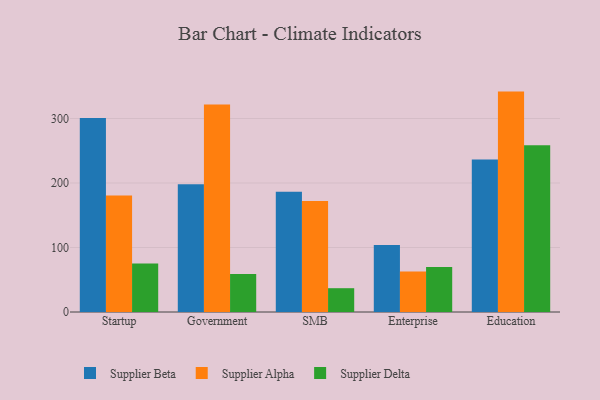
{"axis": {"x": "Segment", "y": "Revenue (USD Million)"}, "legend": ["Supplier Alpha", "Supplier Beta", "Supplier Delta"], "data": [{"x": "Startup", "y": 300.8, "type": "Supplier Beta"}, {"x": "Startup", "y": 180.5, "type": "Supplier Alpha"}, {"x": "Startup", "y": 75.3, "type": "Supplier Delta"}, {"x": "Government", "y": 198.1, "type": "Supplier Beta"}, {"x": "Government", "y": 321.7, "type": "Supplier Alpha"}, {"x": "Government", "y": 58.9, "type": "Supplier Delta"}, {"x": "SMB", "y": 186.6, "type": "Supplier Beta"}, {"x": "SMB", "y": 171.9, "type": "Supplier Alpha"}, {"x": "SMB", "y": 36.9, "type": "Supplier Delta"}, {"x": "Enterprise", "y": 103.7, "type": "Supplier Beta"}, {"x": "Enterprise", "y": 62.6, "type": "Supplier Alpha"}, {"x": "Enterprise", "y": 69.7, "type": "Supplier Delta"}, {"x": "Education", "y": 236.3, "type": "Supplier Beta"}, {"x": "Education", "y": 341.7, "type": "Supplier Alpha"}, {"x": "Education", "y": 258.7, "type": "Supplier Delta"}]}